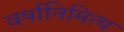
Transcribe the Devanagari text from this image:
वर्षानिमित्‍य